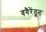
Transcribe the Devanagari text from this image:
वगैरेंतून